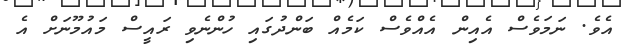
އެވެ. ނަމަވެސް އެއިން އެއްވެސް ކަމެއް ބަންދުގައި ހުންނެވި ރައީސް މައުމޫނަށް އެ